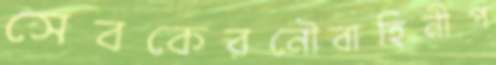
সেবকেরনৌবাহিনীপ